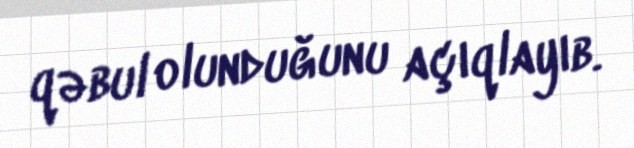
qəbul olunduğunu açıqlayıb.